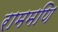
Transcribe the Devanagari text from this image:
राममणि